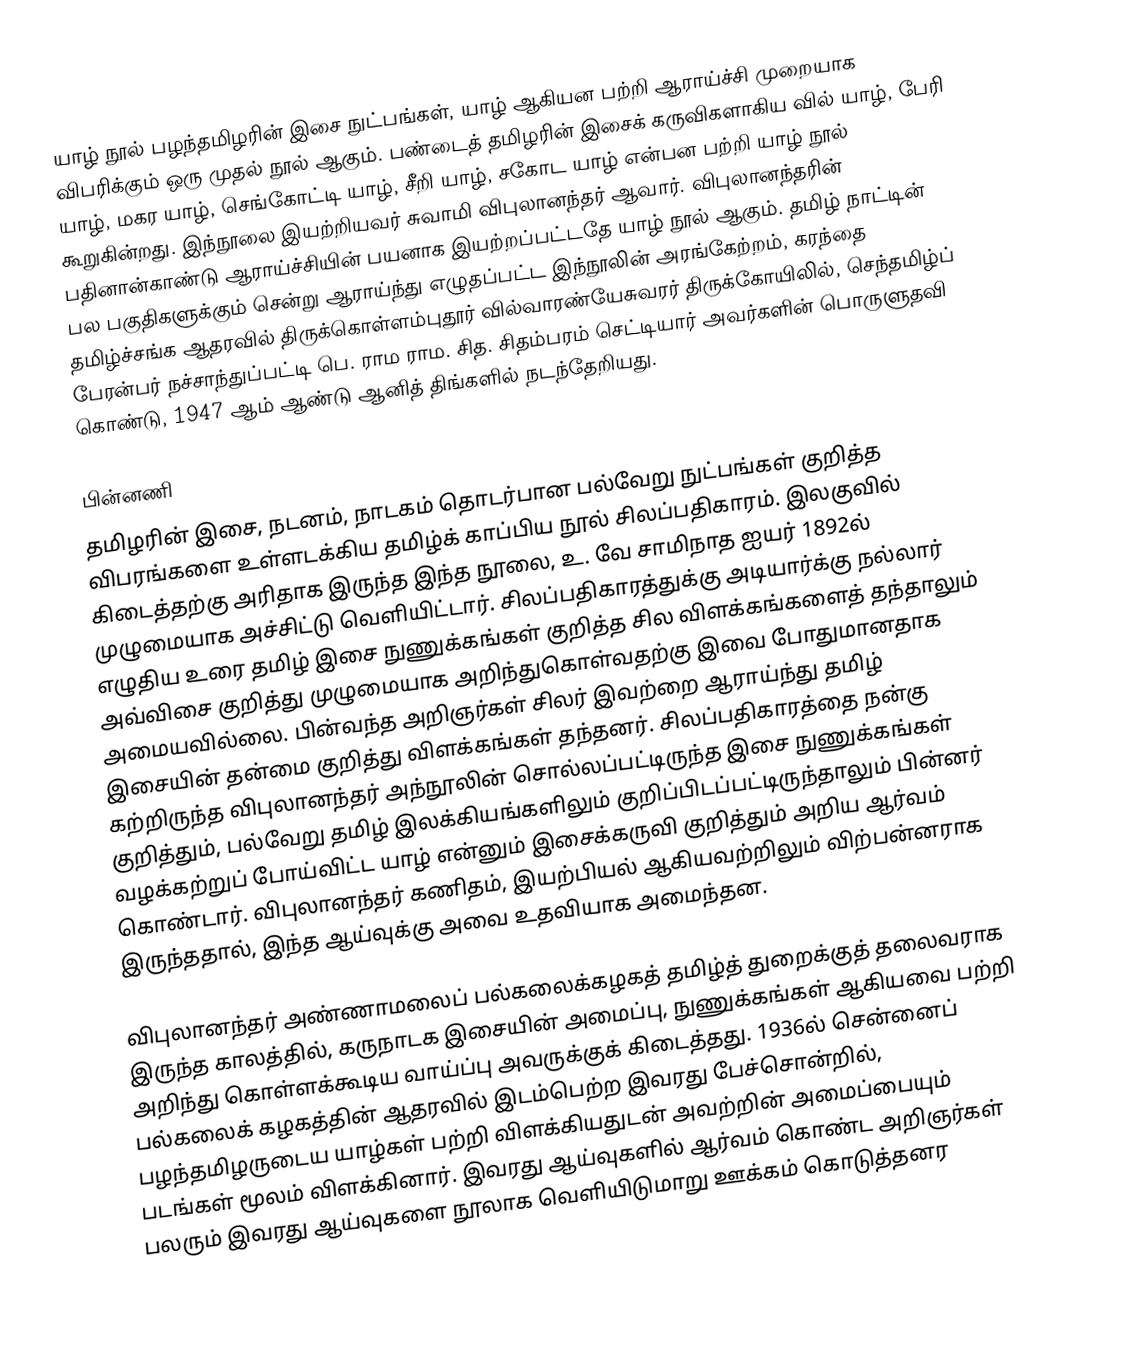
யாழ் நூல் பழந்தமிழரின் இசை நுட்பங்கள், யாழ் ஆகியன பற்றி ஆராய்ச்சி முறையாக விபரிக்கும் ஒரு முதல் நூல் ஆகும். பண்டைத் தமிழரின் இசைக் கருவிகளாகிய வில் யாழ், பேரி யாழ், மகர யாழ், செங்கோட்டி யாழ், சீறி யாழ், சகோட யாழ் என்பன பற்றி யாழ் நூல் கூறுகின்றது. இந்நூலை இயற்றியவர் சுவாமி விபுலானந்தர் ஆவார். விபுலானந்தரின் பதினான்காண்டு ஆராய்ச்சியின் பயனாக இயற்றப்பட்டதே யாழ் நூல் ஆகும். தமிழ் நாட்டின் பல பகுதிகளுக்கும் சென்று ஆராய்ந்து எழுதப்பட்ட இந்நூலின் அரங்கேற்றம், கரந்தை தமிழ்ச்சங்க ஆதரவில் திருக்கொள்ளம்புதூர் வில்வாரண்யேசுவரர்  திருக்கோயிலில், செந்தமிழ்ப் பேரன்பர் நச்சாந்துப்பட்டி பெ. ராம ராம. சித. சிதம்பரம் செட்டியார் அவர்களின் பொருளுதவி கொண்டு, 1947 ஆம் ஆண்டு ஆனித் திங்களில் நடந்தேறியது.

பின்னணி
தமிழரின் இசை, நடனம், நாடகம் தொடர்பான பல்வேறு நுட்பங்கள் குறித்த விபரங்களை உள்ளடக்கிய தமிழ்க் காப்பிய நூல் சிலப்பதிகாரம். இலகுவில் கிடைத்தற்கு அரிதாக இருந்த இந்த நூலை, உ. வே சாமிநாத ஐயர் 1892ல் முழுமையாக அச்சிட்டு வெளியிட்டார். சிலப்பதிகாரத்துக்கு அடியார்க்கு நல்லார் எழுதிய உரை தமிழ் இசை நுணுக்கங்கள் குறித்த சில விளக்கங்களைத் தந்தாலும் அவ்விசை குறித்து முழுமையாக அறிந்துகொள்வதற்கு இவை போதுமானதாக அமையவில்லை. பின்வந்த அறிஞர்கள் சிலர் இவற்றை ஆராய்ந்து தமிழ் இசையின் தன்மை குறித்து விளக்கங்கள் தந்தனர். சிலப்பதிகாரத்தை நன்கு கற்றிருந்த விபுலானந்தர் அந்நூலின் சொல்லப்பட்டிருந்த இசை நுணுக்கங்கள் குறித்தும், பல்வேறு தமிழ் இலக்கியங்களிலும் குறிப்பிடப்பட்டிருந்தாலும் பின்னர் வழக்கற்றுப் போய்விட்ட யாழ் என்னும் இசைக்கருவி குறித்தும் அறிய ஆர்வம் கொண்டார். விபுலானந்தர் கணிதம், இயற்பியல் ஆகியவற்றிலும் விற்பன்னராக இருந்ததால், இந்த ஆய்வுக்கு அவை உதவியாக அமைந்தன.

விபுலானந்தர் அண்ணாமலைப் பல்கலைக்கழகத் தமிழ்த் துறைக்குத் தலைவராக இருந்த காலத்தில், கருநாடக இசையின் அமைப்பு, நுணுக்கங்கள் ஆகியவை பற்றி அறிந்து கொள்ளக்கூடிய வாய்ப்பு அவருக்குக் கிடைத்தது. 1936ல் சென்னைப் பல்கலைக் கழகத்தின் ஆதரவில் இடம்பெற்ற இவரது பேச்சொன்றில், பழந்தமிழருடைய யாழ்கள் பற்றி விளக்கியதுடன் அவற்றின் அமைப்பையும் படங்கள் மூலம் விளக்கினார். இவரது ஆய்வுகளில் ஆர்வம் கொண்ட அறிஞர்கள் பலரும் இவரது ஆய்வுகளை நூலாக வெளியிடுமாறு ஊக்கம் கொடுத்தனர